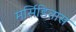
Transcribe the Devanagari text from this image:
मर्सिडितास